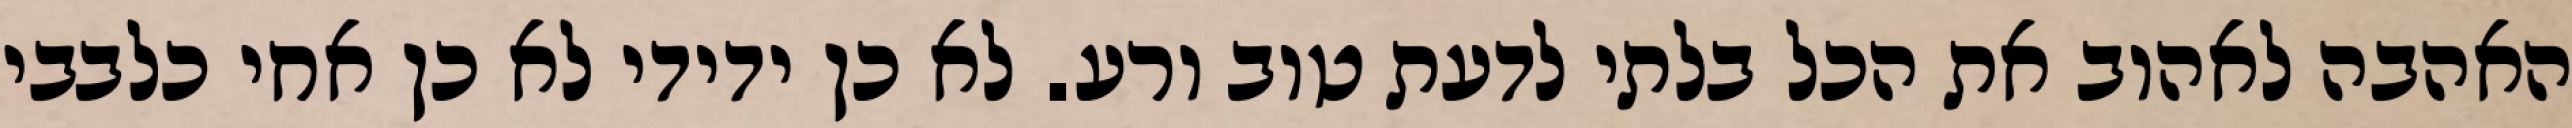
האהבה לאהוב את הכל בלתי לדעת טוב ורע. לא כן ידידי לא כן אחי כלבבי